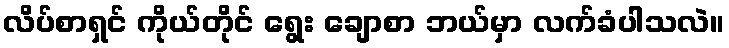
လိပ်စာရှင် ကိုယ်တိုင် ရွေး ချောစာ ဘယ်မှာ လက်ခံပါသလဲ။